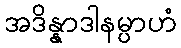
အဒိန္နာဒါနမ္ပာဟံ